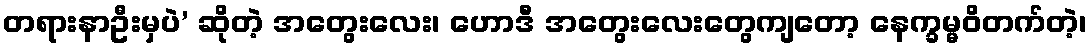
တရားနာဦးမှပဲ’ ဆိုတဲ့ အတွေးလေး၊ ဟောဒီ အတွေးလေးတွေကျတော့ နေက္ခမ္မဝိတက်တဲ့၊